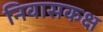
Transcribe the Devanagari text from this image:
निवासकक्ष